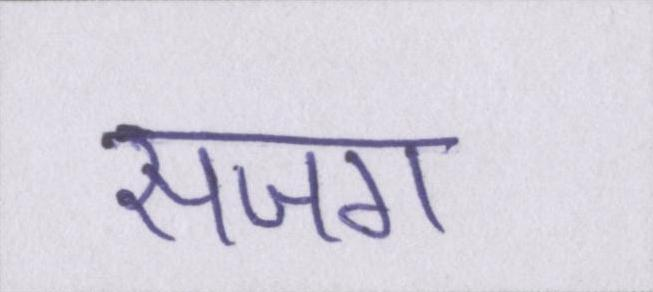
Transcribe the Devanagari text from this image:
सजग